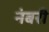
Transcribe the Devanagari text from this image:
नंबरी